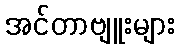
အင်တာဗျူးများ